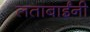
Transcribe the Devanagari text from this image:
लताबाईंनी